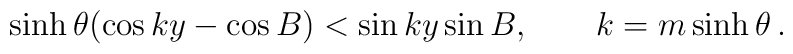
\sinh \theta (\cos ky-\cos B)<\sin ky\sin B,\qquad k=m\sinh \theta \,.